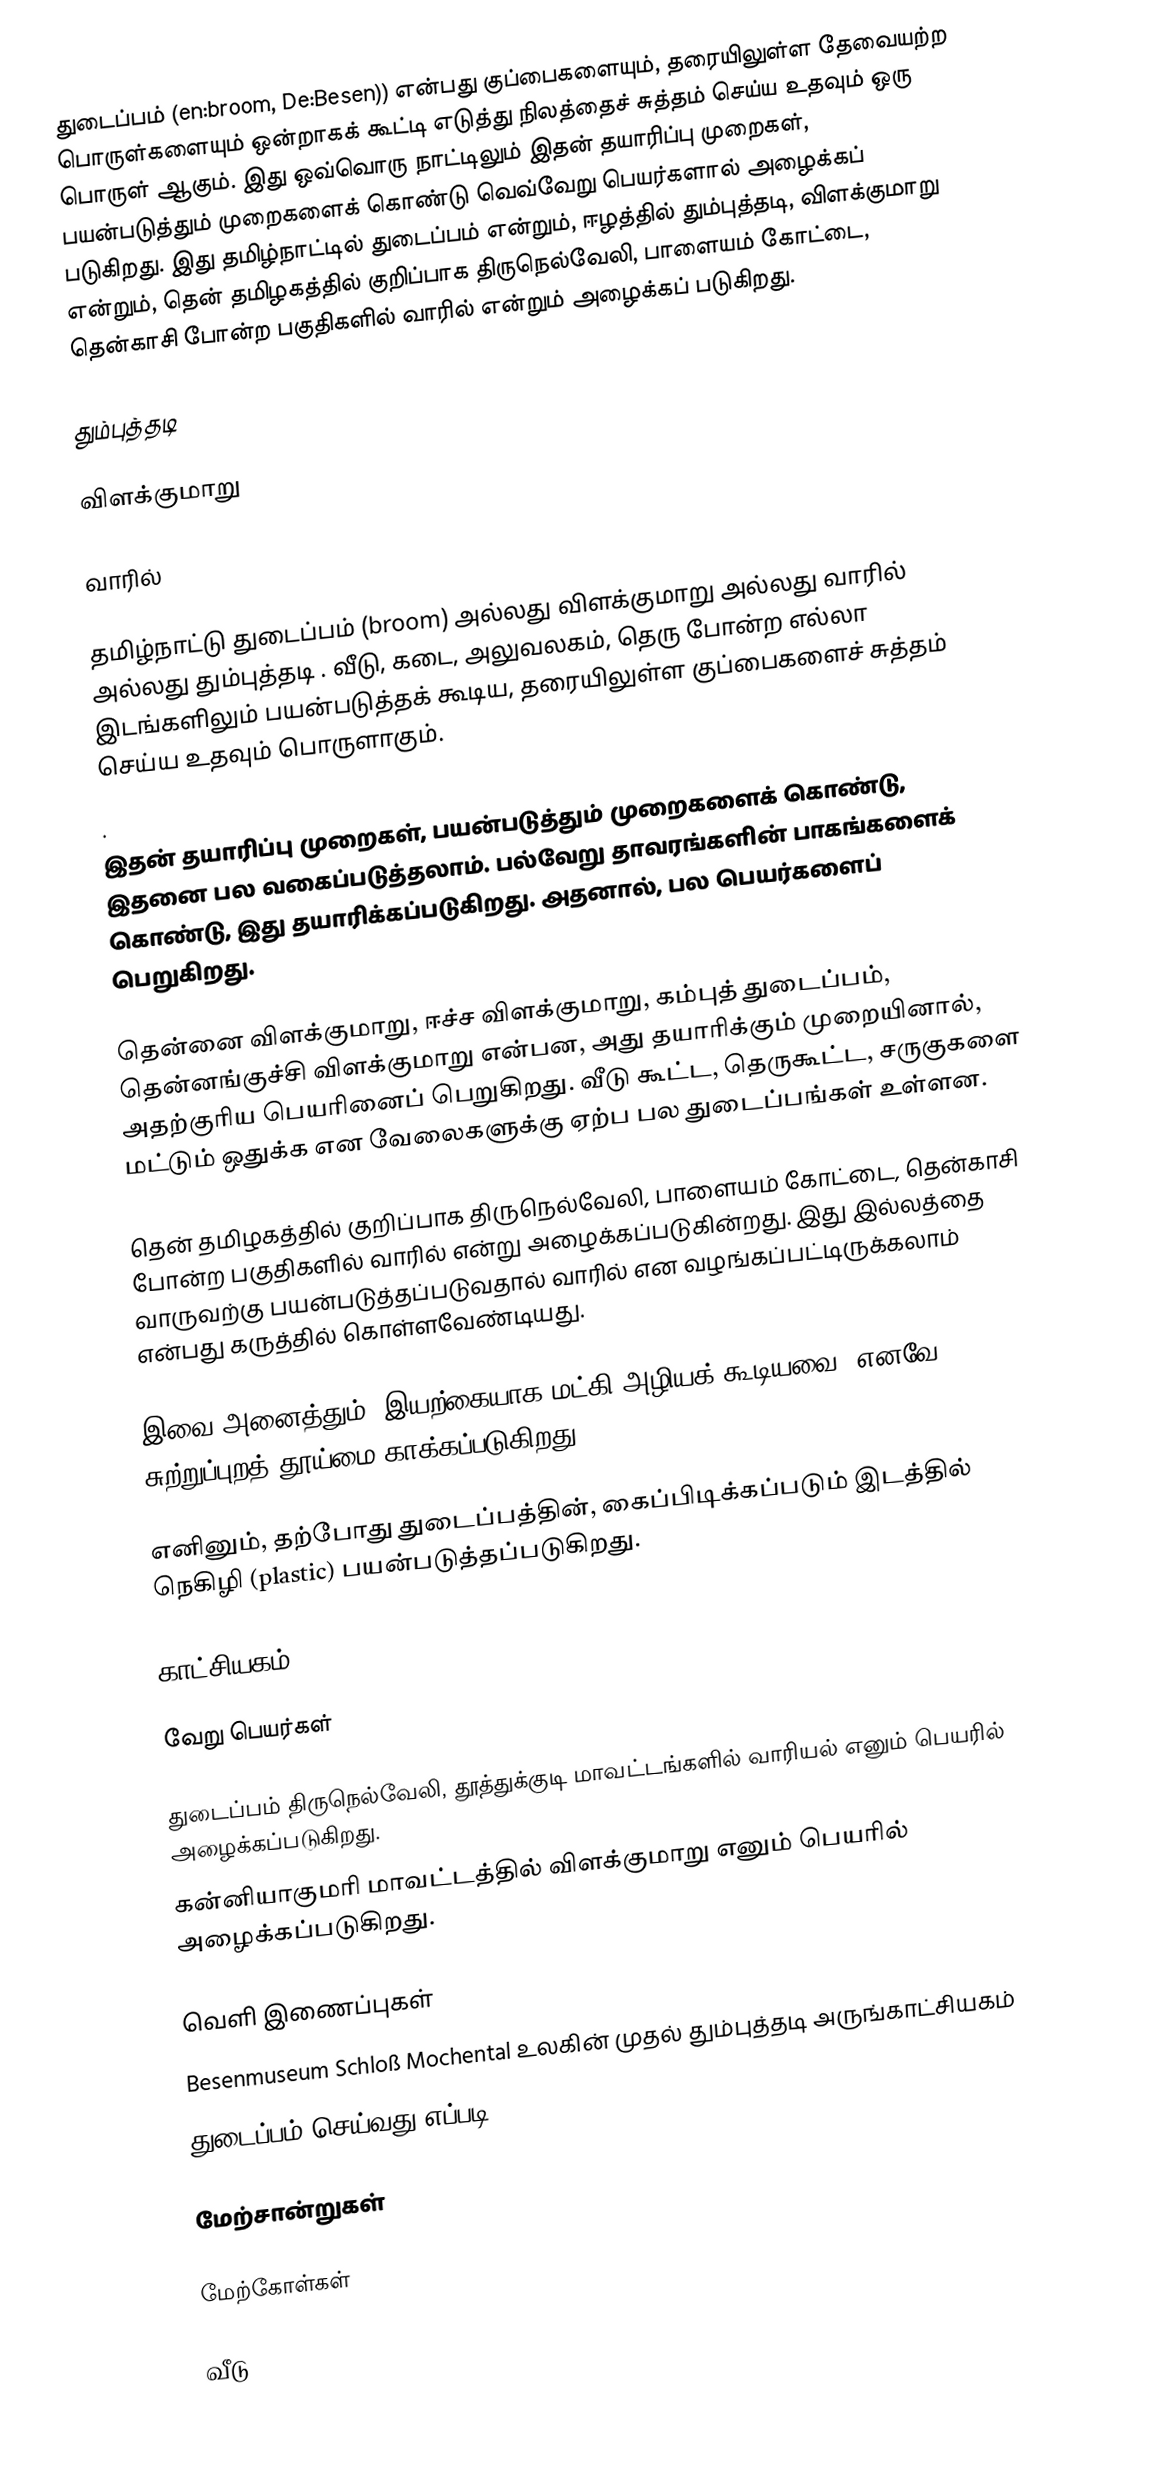
துடைப்பம் (en:broom, De:Besen)) என்பது குப்பைகளையும், தரையிலுள்ள தேவையற்ற பொருள்களையும் ஒன்றாகக் கூட்டி எடுத்து நிலத்தைச் சுத்தம் செய்ய உதவும் ஒரு பொருள் ஆகும். இது ஒவ்வொரு நாட்டிலும் இதன் தயாரிப்பு முறைகள், பயன்படுத்தும் முறைகளைக் கொண்டு வெவ்வேறு பெயர்களால் அழைக்கப் படுகிறது. இது தமிழ்நாட்டில் துடைப்பம் என்றும், ஈழத்தில் தும்புத்தடி, விளக்குமாறு என்றும், தென் தமிழகத்தில் குறிப்பாக திருநெல்வேலி, பாளையம் கோட்டை, தென்காசி போன்ற பகுதிகளில் வாரில் என்றும் அழைக்கப் படுகிறது.

தும்புத்தடி

விளக்குமாறு

வாரில்

தமிழ்நாட்டு  துடைப்பம் (broom) அல்லது  விளக்குமாறு அல்லது வாரில் அல்லது தும்புத்தடி . வீடு, கடை, அலுவலகம், தெரு போன்ற எல்லா இடங்களிலும் பயன்படுத்தக் கூடிய, தரையிலுள்ள குப்பைகளைச் சுத்தம் செய்ய உதவும் பொருளாகும்.
.
இதன் தயாரிப்பு முறைகள், பயன்படுத்தும் முறைகளைக் கொண்டு, இதனை பல வகைப்படுத்தலாம். பல்வேறு தாவரங்களின் பாகங்களைக் கொண்டு, இது தயாரிக்கப்படுகிறது. அதனால், பல பெயர்களைப் பெறுகிறது.

தென்னை விளக்குமாறு, ஈச்ச விளக்குமாறு, கம்புத் துடைப்பம், தென்னங்குச்சி விளக்குமாறு என்பன, அது தயாரிக்கும் முறையினால், அதற்குரிய பெயரினைப் பெறுகிறது. வீடு கூட்ட, தெருகூட்ட, சருகுகளை மட்டும் ஒதுக்க என வேலைகளுக்கு ஏற்ப பல துடைப்பங்கள் உள்ளன.

தென் தமிழகத்தில் குறிப்பாக திருநெல்வேலி, பாளையம் கோட்டை, தென்காசி போன்ற பகுதிகளில் வாரில்  என்று அழைக்கப்படுகின்றது. இது இல்லத்தை வாருவற்கு பயன்படுத்தப்படுவதால் வாரில் என வழங்கப்பட்டிருக்கலாம் என்பது கருத்தில் கொள்ளவேண்டியது.

 இவை அனைத்தும், இயற்கையாக மட்கி அழியக் கூடியவை. எனவே, சுற்றுப்புறத் தூய்மை காக்கப்படுகிறது.

எனினும், தற்போது துடைப்பத்தின், கைப்பிடிக்கப்படும் இடத்தில் நெகிழி (plastic) பயன்படுத்தப்படுகிறது.

காட்சியகம்

வேறு பெயர்கள்

 துடைப்பம் திருநெல்வேலி, தூத்துக்குடி மாவட்டங்களில் வாரியல் எனும் பெயரில் அழைக்கப்படுகிறது.
 கன்னியாகுமரி மாவட்டத்தில் விளக்குமாறு எனும் பெயரில் அழைக்கப்படுகிறது.

வெளி இணைப்புகள்
 Besenmuseum Schloß Mochental  உலகின் முதல் தும்புத்தடி அருங்காட்சியகம்
 துடைப்பம் செய்வது எப்படி

மேற்சான்றுகள்

மேற்கோள்கள்

வீடு